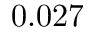
0 . 0 2 7